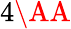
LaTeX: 4\AA